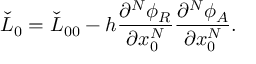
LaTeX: \check { L } _ { 0 } = \check { L } _ { 0 0 } - h { \frac { \partial ^ { N } \phi _ { R } } { \partial x _ { 0 } ^ { N } } } { \frac { \partial ^ { N } \phi _ { A } } { \partial x _ { 0 } ^ { N } } } .